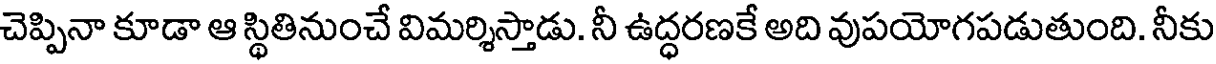
చెప్పినా కూడా ఆ స్థితినుంచే విమర్శిస్తాడు. నీ ఉద్ధరణకే అది వుపయోగపడుతుంది. నీకు